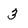
Character: 3